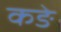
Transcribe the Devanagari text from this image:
कङे